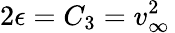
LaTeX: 2\epsilon=C_{3}=v_{\infty}^{2}\,